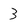
Character: 3